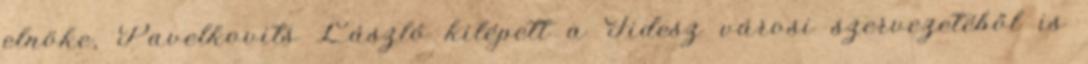
elnöke, Pavelkovits László kilépett a Fidesz városi szervezetéből is